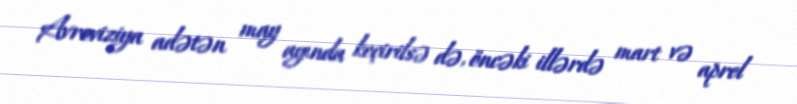
Avroviziya adətən may ayında keçirilsə də, öncəki illərdə mart və aprel